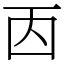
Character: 㐁